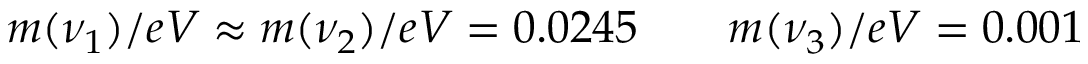
\begin{array} { r } { m ( \nu _ { 1 } ) / e V \approx m ( \nu _ { 2 } ) / e V = 0 . 0 2 4 5 \qquad m ( \nu _ { 3 } ) / e V = 0 . 0 0 1 } \end{array}